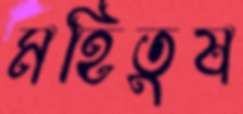
মহিতুষ